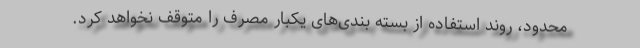
محدود، روند استفاده از بسته بندی‌های یکبار مصرف را متوقف نخواهد کرد.